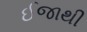
ઈજાથી